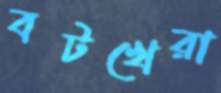
বটখেরা